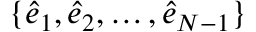
\{ \hat { e } _ { 1 } , \hat { e } _ { 2 } , \dots , \hat { e } _ { N - 1 } \}